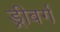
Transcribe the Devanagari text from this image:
ड्रीबर्ग